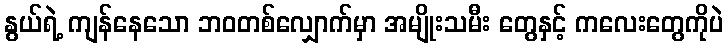
နွယ်ရဲ့ ကျန်နေသော ဘဝတစ်လျှောက်မှာ အမျိုးသမီး တွေနှင့် ကလေးတွေကိုပဲ